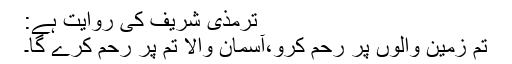
ترمذی شریف کی روایت ہے:
تم زمین والوں پر رحم کرو،آسمان والا تم پر رحم کرے گا۔